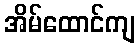
အိမ်ထောင်ကျ